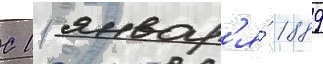
С 11 январ'я́ 1889